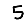
Digit: 5